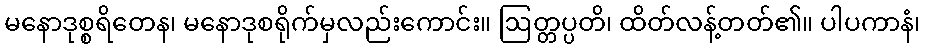
မနောဒုစ္စရိတေန၊ မနောဒုစရိုက်မှလည်းကောင်း။ ဩတ္တပ္ပတိ၊ ထိတ်လန့်တတ်၏။ ပါပကာနံ၊